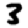
Digit: 3